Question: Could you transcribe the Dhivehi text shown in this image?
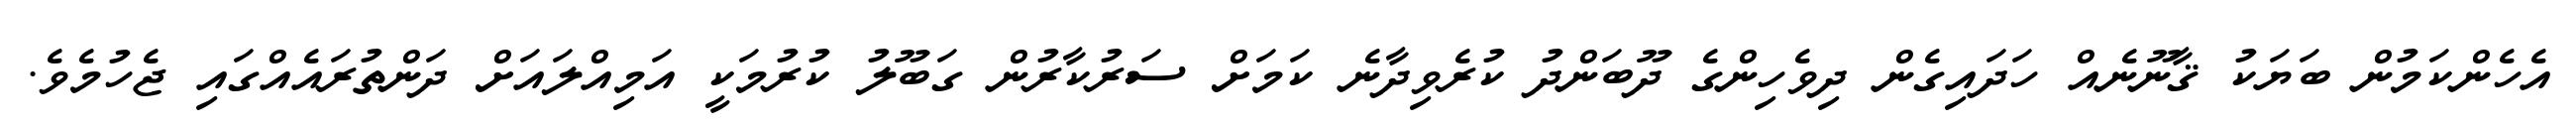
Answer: އެހެންކަމުން ބަޔަކު ޤާނޫނެއް ހަދައިގެން ދިވެހިންގެ ދޫބަންދު ކުރެވިދާނެ ކަމަށް ސަރުކާރުން ގަބޫލު ކުރުމަކީ އަމިއްލައަށް ދަންތުރައެއްގައި ޖެހުމެވެ.